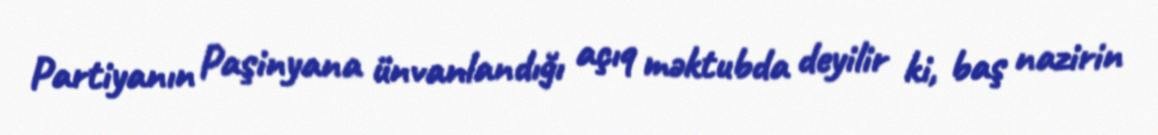
Partiyanın Paşinyana ünvanlandığı açıq məktubda deyilir ki, baş nazirin